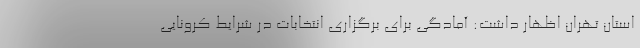
استان تهران اظهار داشت: آمادگی برای برگزاری انتخابات در شرایط کرونایی